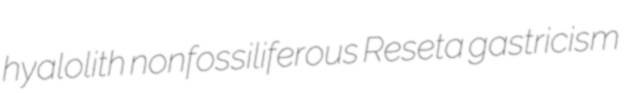
hyalolith nonfossiliferous Reseta gastricism